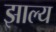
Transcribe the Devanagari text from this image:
झाल्य